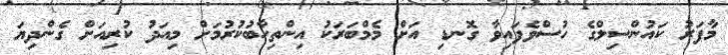
މާފަރު ކައުންސިލްގެ ހުސްވެފައިވާ ގޮނޑި އަށް މެމްބަރަކު އިންތިހާބުކުރުމަށް މިއަދު ކުރިއަށް ގެންދިޔަ